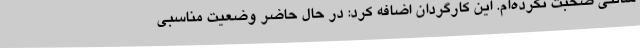
سالنی صحبت نکرده‌ام. این کارگردان اضافه کرد: در حال حاضر وضعیت مناسبی